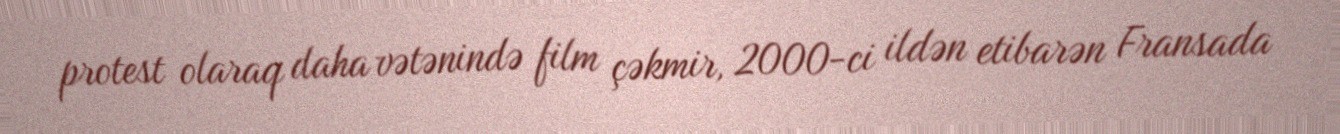
protest olaraq daha vətənində film çəkmir, 2000-ci ildən etibarən Fransada